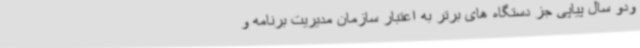
ودو سال پیاپی جز دستگاه های برتر به اعتبار سازمان مدیریت برنامه و